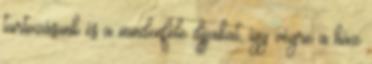
tartozásunk és a mindenféle díjjakat, így végre a ház